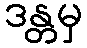
ဒန္တမှ